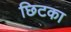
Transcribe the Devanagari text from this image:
छिटका